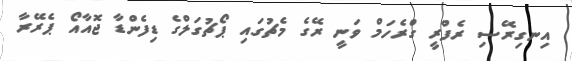
އިނގިރޭސި ރެފްރީ ގްރެހަމް ވަނީ ރޭގެ މެޗުގައި ޕޯޗުގަލްގެ ޑިފެންޑާ ޖޮއާާއޯ ޕެރޭރާ